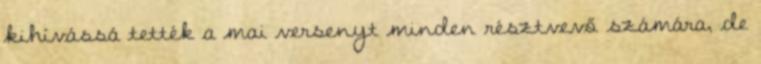
kihívássá tették a mai versenyt minden résztvevő számára, de